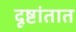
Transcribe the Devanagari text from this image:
दृष्टांतात